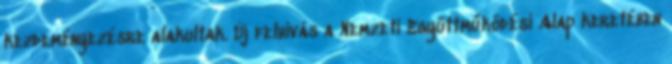
kezdeményezésre alakultak. Új felhívás a Nemzeti Együttműködési Alap keretében